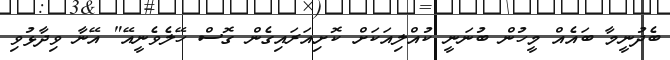
ބެދުނީމާ ބައެއް މީހުން ބުނަނީ ކުއްލިއަކަށް ކޮށިއަރައިގެން ގޮސް ހޭލެވެނީއޭ" އޭނާ ވިދާޅުވި